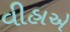
વીહાએ